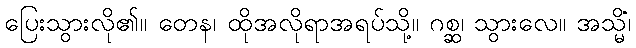
ပြေးသွားလို၏။ တေန၊ ထိုအလိုရာအရပ်သို့။ ဂစ္ဆ၊ သွားလေ။ အသ္မိံ၊